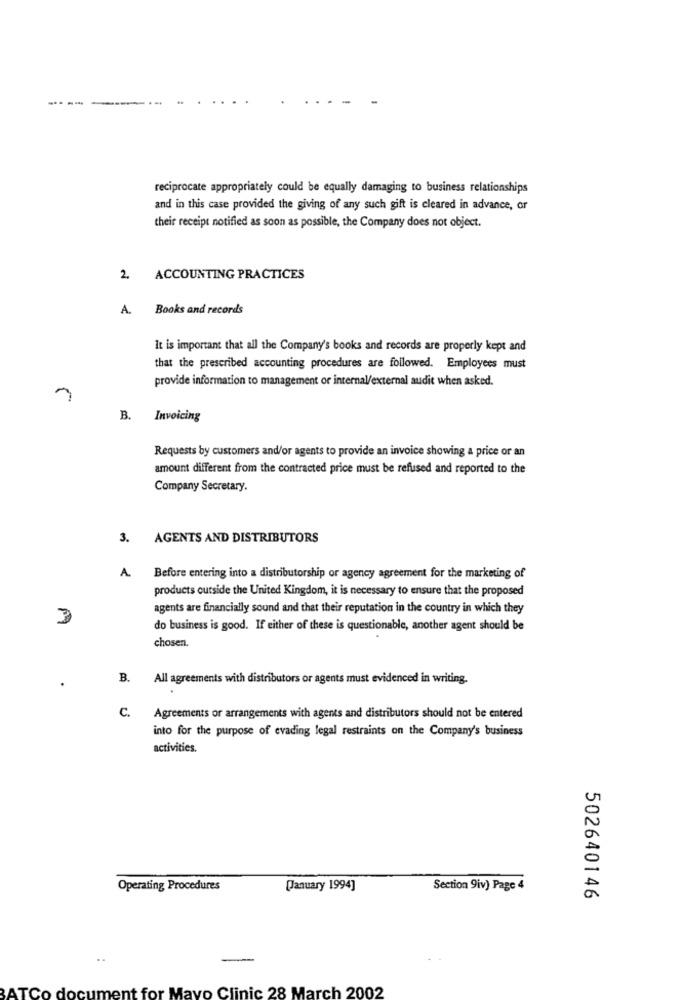
----
reciprocate appropriately could be equally damaging to business relationships
and in this case provided the giving of any such gift is cleared in advance, or
their receipt notified as soon as possible, the Company does not object.
2. ACCOUNTING PRACTICES
A.
Books and records
It is important that all the Company's books and records are properly kept and
that the prescribed accounting procedures are followed. Employees must
provide information to management or internal/external audit when asked.
B. Invoicing
Requests by customers and/or agents to provide an invoice showing a price or an
amount different from the contracted price must be refused and reported to the
Company Secretary.
3. AGENTS AND DISTRIBUTORS
A.
Before entering into a distributorship or agency agreement for the marketing of
products outside the United Kingdom, it is necessary to ensure that the proposed
agents are financially sound and that their reputation in the country in which they
do business is good. If either of these is questionable, another agent should be
chosen.
B.
All agreements with distributors or agents must evidenced in writing.
C.
Agreements or arrangements with agents and distributors should not be entered
into for the purpose of evading legal restraints on the Company's business
activities.
Operating Procedures
[January 1994]
Section 9iv) Page 4
502640146
-
BATCo document for Mayo Clinic 28 March 2002